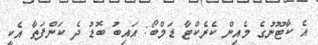
އެ ކާޓޫނުގެ މެއިން ކެރެކްޓާ ޑަމްބޯ: އައިބު ބޮޑު ދެ ކަންފަތާ އެކީ